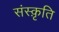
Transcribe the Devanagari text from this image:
संस्‍क़ृति